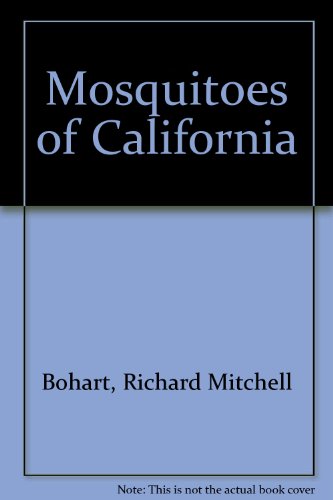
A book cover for Mosquitoes of California #4084; Richard Mitchell Bohart; Sports & Outdoors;